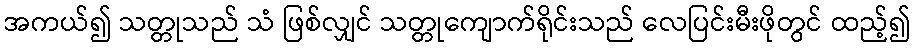
အကယ်၍ သတ္တုသည် သံ ဖြစ်လျှင် သတ္တုကျောက်ရိုင်းသည် လေပြင်းမီးဖိုတွင် ထည့်၍